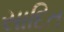
સાદિત